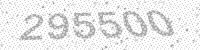
Solution: 295500